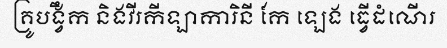
គ្រូបង្វឹក និងវីរកីឡាការិនី កែ ឡេង ធ្វើដំណើរ